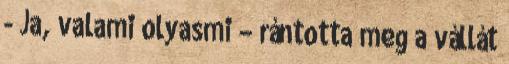
- Ja, valami olyasmi – rántotta meg a vállát